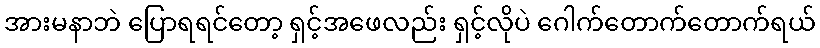
အားမနာဘဲ ပြောရရင်တော့ ရှင့်အဖေလည်း ရှင့်လိုပဲ ဂေါက်တောက်တောက်ရယ်